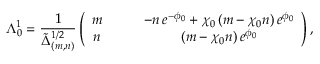
\Lambda _ { 0 } ^ { 1 } = \frac { 1 } { \tilde { \Delta } _ { ( m , n ) } ^ { 1 / 2 } } \left( \begin{array} { c c } { { m \qquad } } & { { - n \, e ^ { - \phi _ { 0 } } + \chi _ { 0 } \, ( m - \chi _ { 0 } n ) \, e ^ { \phi _ { 0 } } } } \\ { { n \qquad } } & { { ( m - \chi _ { 0 } n ) \, e ^ { \phi _ { 0 } } } } \end{array} \right) ,